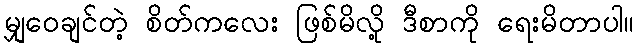
မျှဝေချင်တဲ့ စိတ်ကလေး ဖြစ်မိလို့ ဒီစာကို ရေးမိတာပါ။